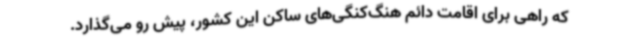
که راهی برای اقامت دائم هنگ‌کنگی‌های ساکن این کشور، پیش رو می‌گذارد.